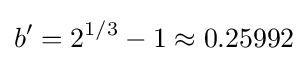
b'=2^{1/3}-1\approx 0.25992